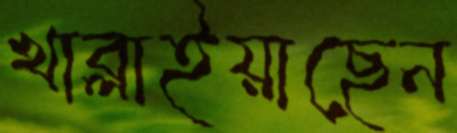
খাব্‌লাইয়াছেন